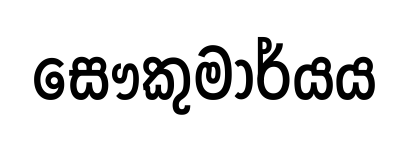
සෞකුමාර්යය